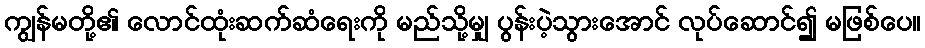
ကျွန်မတို့၏ လောင်ထုံးဆက်ဆံရေးကို မည်သို့မျှ ပွန်းပဲ့သွားအောင် လုပ်ဆောင်၍ မဖြစ်ပေ။